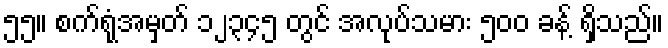
၅၅။ စက်ရုံအမှတ် ၁၂၃၄၅ တွင် အလုပ်သမား ၅၀၀ ခန့် ရှိသည်။